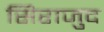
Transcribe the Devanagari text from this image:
सिराजुद